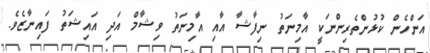
އަންހެން ކުޅުންތެރިންނަކީ އާމިނަތު ނިފާޝާ އާއި އާމިނަތު ވިޝާމް އަދި އައިޝަތު ފައިނާޒެވެ.